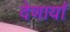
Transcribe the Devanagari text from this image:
देणार्यां